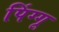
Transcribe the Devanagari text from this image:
पिंग्गू